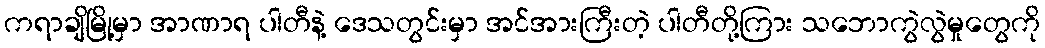
ကရာချိမြို့မှာ အာဏာရ ပါတီနဲ့ ဒေသတွင်းမှာ အင်အားကြီးတဲ့ ပါတီတို့ကြား သဘောကွဲလွဲမှုတွေကို